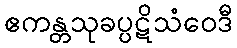
ဧကန္တသုခပ္ပဋိသံဝေဒီ